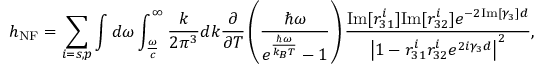
h _ { \mathrm { N F } } = \sum _ { i = s , p } \int d \omega \int _ { \frac { \omega } { c } } ^ { \infty } \frac { k } { 2 \pi ^ { 3 } } d k \frac { \partial } { \partial T } \left( \frac { \hbar \omega } { e ^ { \frac { \hbar \omega } { k _ { B } T } } - 1 } \right) \frac { \mathrm { I m } [ r _ { 3 1 } ^ { i } ] \mathrm { I m } [ r _ { 3 2 } ^ { i } ] e ^ { - 2 \mathrm { I m } [ \gamma _ { 3 } ] d } } { \left| 1 - r _ { 3 1 } ^ { i } r _ { 3 2 } ^ { i } e ^ { 2 i \gamma _ { 3 } d } \right| ^ { 2 } } { , }